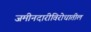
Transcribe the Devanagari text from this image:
जमीनदारीविरोधातील